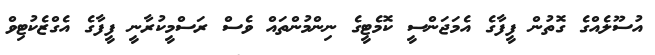
އުސޫލެއްގެ ގޮތުން ފީފާގެ އެމަޖަންސީ ކޮމެޓީގެ ނިންމުންތައް ވެސް ރަސްމީކުރާނީ ފީފާގެ އެގްޒެކުޓިވް